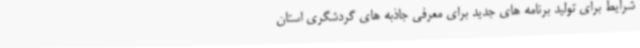
شرایط برای تولید برنامه های جدید برای معرفی جاذبه های گردشگری استان